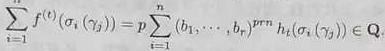
\[\sum_{i = 1}^{s} f^{(i)}(\sigma_{i}(\gamma_{j})) = p\sum_{i = 1}^{n}(b_{i_{1}}, \cdots, b_{i_{r}})^{trn}h_{k}(\sigma_{i}(\gamma_{j})) \in \mathbf{Q}\]